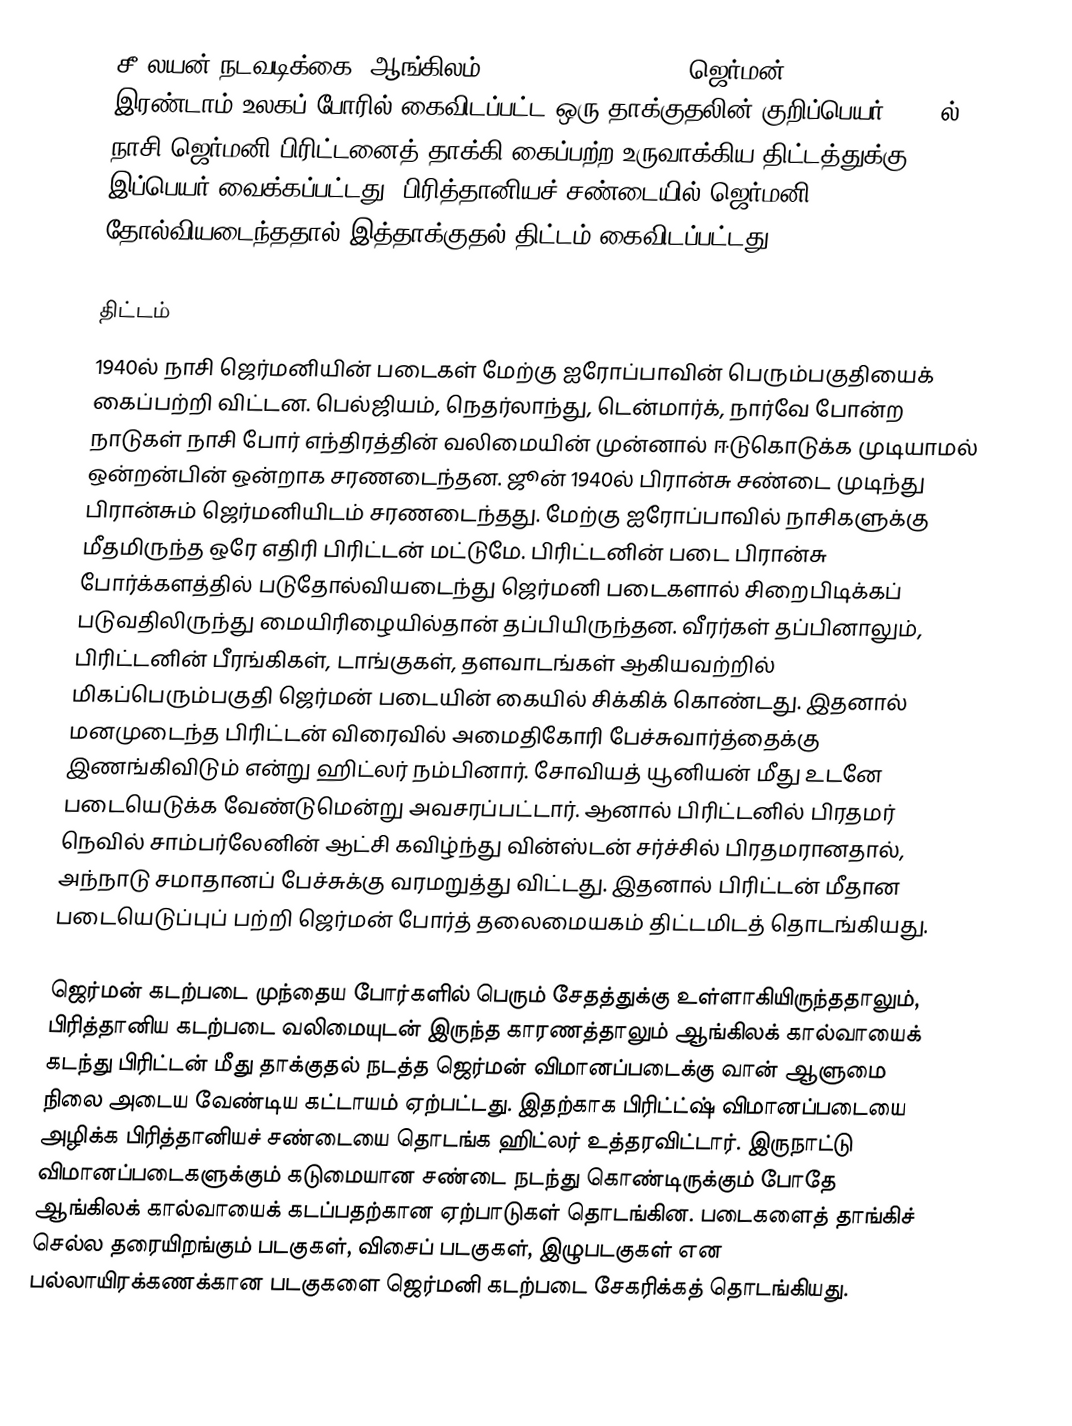
சீ லயன் நடவடிக்கை (ஆங்கிலம்: Operation Sea Lion; ஜெர்மன்: Unternehmen Seelöwe) இரண்டாம் உலகப் போரில் கைவிடப்பட்ட ஒரு தாக்குதலின் குறிப்பெயர். 1940ல் நாசி ஜெர்மனி பிரிட்டனைத் தாக்கி கைப்பற்ற உருவாக்கிய திட்டத்துக்கு இப்பெயர் வைக்கப்பட்டது. பிரித்தானியச் சண்டையில் ஜெர்மனி தோல்வியடைந்ததால் இத்தாக்குதல் திட்டம் கைவிடப்பட்டது.

திட்டம்
1940ல் நாசி ஜெர்மனியின் படைகள் மேற்கு ஐரோப்பாவின் பெரும்பகுதியைக் கைப்பற்றி விட்டன. பெல்ஜியம், நெதர்லாந்து, டென்மார்க், நார்வே போன்ற நாடுகள் நாசி போர் எந்திரத்தின் வலிமையின் முன்னால் ஈடுகொடுக்க முடியாமல் ஒன்றன்பின் ஒன்றாக சரணடைந்தன. ஜூன் 1940ல் பிரான்சு சண்டை முடிந்து பிரான்சும் ஜெர்மனியிடம் சரணடைந்தது. மேற்கு ஐரோப்பாவில் நாசிகளுக்கு மீதமிருந்த ஒரே எதிரி பிரிட்டன் மட்டுமே. பிரிட்டனின் படை பிரான்சு போர்க்களத்தில் படுதோல்வியடைந்து ஜெர்மனி படைகளால் சிறைபிடிக்கப் படுவதிலிருந்து மையிரிழையில்தான் தப்பியிருந்தன. வீரர்கள் தப்பினாலும், பிரிட்டனின் பீரங்கிகள், டாங்குகள், தளவாடங்கள் ஆகியவற்றில் மிகப்பெரும்பகுதி ஜெர்மன் படையின் கையில் சிக்கிக் கொண்டது. இதனால் மனமுடைந்த பிரிட்டன் விரைவில் அமைதிகோரி பேச்சுவார்த்தைக்கு இணங்கிவிடும் என்று ஹிட்லர் நம்பினார். சோவியத் யூனியன் மீது உடனே படையெடுக்க வேண்டுமென்று அவசரப்பட்டார். ஆனால் பிரிட்டனில் பிரதமர் நெவில் சாம்பர்லேனின் ஆட்சி கவிழ்ந்து வின்ஸ்டன் சர்ச்சில் பிரதமரானதால், அந்நாடு சமாதானப் பேச்சுக்கு வரமறுத்து விட்டது. இதனால் பிரிட்டன் மீதான படையெடுப்புப் பற்றி ஜெர்மன் போர்த் தலைமையகம் திட்டமிடத் தொடங்கியது.

ஜெர்மன் கடற்படை முந்தைய போர்களில் பெரும் சேதத்துக்கு உள்ளாகியிருந்ததாலும், பிரித்தானிய கடற்படை வலிமையுடன் இருந்த காரணத்தாலும் ஆங்கிலக் கால்வாயைக் கடந்து பிரிட்டன் மீது தாக்குதல் நடத்த ஜெர்மன் விமானப்படைக்கு வான் ஆளுமை நிலை அடைய வேண்டிய கட்டாயம் ஏற்பட்டது. இதற்காக பிரிட்ட்ஷ் விமானப்படையை அழிக்க பிரித்தானியச் சண்டையை தொடங்க ஹிட்லர் உத்தரவிட்டார். இருநாட்டு விமானப்படைகளுக்கும் கடுமையான சண்டை நடந்து கொண்டிருக்கும் போதே ஆங்கிலக் கால்வாயைக் கடப்பதற்கான ஏற்பாடுகள் தொடங்கின. படைகளைத் தாங்கிச் செல்ல தரையிறங்கும் படகுகள், விசைப் படகுகள், இழுபடகுகள் என பல்லாயிரக்கணக்கான படகுகளை ஜெர்மனி கடற்படை சேகரிக்கத் தொடங்கியது.